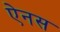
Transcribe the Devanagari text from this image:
ऐनस